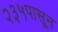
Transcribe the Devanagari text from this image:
२३५पासून